Civil Veterinary Department ledger series I-VI
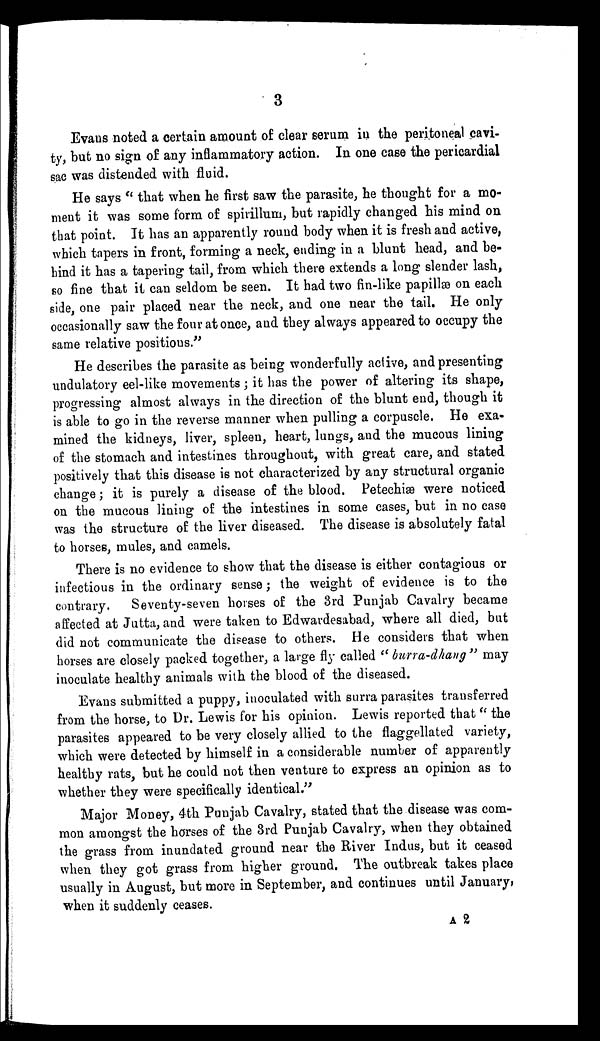
3
Evans noted a certain amount of clear serum in the peritoneal cavi-
ty, but no sign of any inflammatory action. In one case the pericardial
sac was distended with fluid.
He says "that when he first saw the parasite, he thought for a mo-
ment it was some form of spirillum, but rapidly changed his mind on
that point. It has an apparently round body when it is fresh and active,
which tapers in front, forming a neck, ending in a blunt head, and be-
hind it has a tapering tail, from which there extends a long slender lash,
so fine that it can seldom be seen. It had two fin-like papillæ on each
side, one pair placed near the neck, and one near the tail. He only
occasionally saw the four at once, and they always appeared to occupy the
same relative positions."
He describes the parasite as being wonderfully active, and presenting
undulatory eel-like movements; it has the power of altering its shape,
progressing almost always in the direction of the blunt end, though it
is able to go in the reverse manner when pulling a corpuscle. He exa-
mined the kidneys, liver, spleen, heart, lungs, and the mucous lining
of the stomach and intestines throughout, with great care, and stated
positively that this disease is not characterized by any structural organic
change; it is purely a disease of the blood. Petechiæ were noticed
on the mucous lining of the intestines in some cases, but in no case
was the structure of the liver diseased. The disease is absolutely fatal
to horses, mules, and camels.
There is no evidence to show that the disease is either contagious or
infectious in the ordinary sense; the weight of evidence is to the
contrary.
Seventy-seven horses of the 3rd Punjab Cavalry became
affected at Jutta, and were taken to Edwardesabad, where all died, but
did not communicate the disease to others. He considers that when
horses are closely packed together, a large fly called "burra-dhang" may
inoculate healthy animals with the blood of the diseased.
Evans submitted a puppy, inoculated with surra parasites transferred
from the horse, to Dr. Lewis for his opinion. Lewis reported that "the
parasites appeared to be very closely allied to the flaggellated variety,
which were detected by himself in a considerable number of apparently
healthy rats, but he could not then venture to express an opinion as to
whether they were specifically identical."
Major Money, 4th Punjab Cavalry, stated that the disease was com-
mon amongst the horses of the 3rd Punjab Cavalry, when they obtained
the grass from inundated ground near the River Indus, but it ceased
when they got grass from higher ground. The outbreak takes place
usually in August, but more in September, and continues until January,
when it suddenly ceases.
A 2